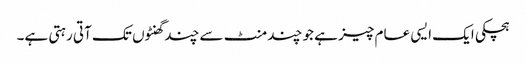
ہچکی ایک ایسی عام چیز ہے جو چند منٹ سے چند گھنٹوں تک آتی رہتی ہے۔